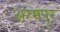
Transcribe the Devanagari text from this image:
अरमपुर